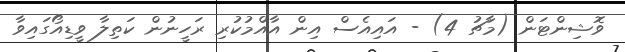
ވޮޝިންޓަން (މާޗު 4) - އައިއެސް އިން އާއްމުކުރި ރަހީނުން ކަތިލާ ވީޑިއޯގައިވާ